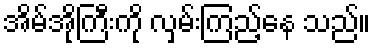
အိမ်အိုကြီးကို လှမ်းကြည့်နေ သည်။